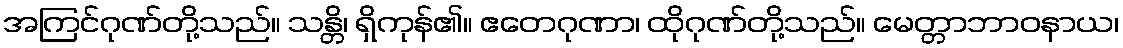
အကြင်ဂုဏ်တို့သည်။ သန္တိ၊ ရှိကုန်၏။ ဧတေဂုဏာ၊ ထိုဂုဏ်တို့သည်။ မေတ္တာဘာဝနာယ၊